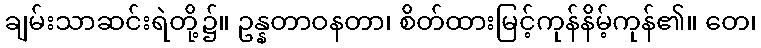
ချမ်းသာဆင်းရဲတို့၌။ ဥန္နတာဝနတာ၊ စိတ်ထားမြင့်ကုန်နိမ့်ကုန်၏။ တေ၊